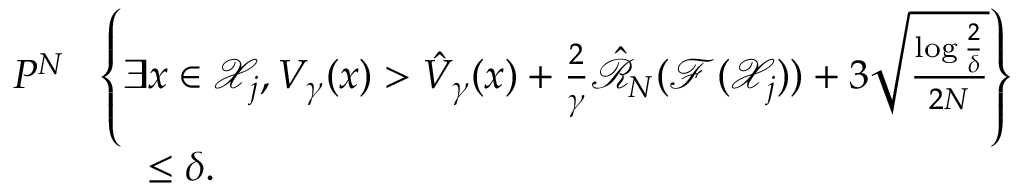
\begin{array} { r l } { P ^ { N } } & { \! \left\{ \exists x \in \mathcal { X } _ { j } , V _ { \gamma } ( x ) > \hat { V } _ { \gamma } ( x ) + \frac { 2 } { \gamma } \hat { \mathcal { R } } _ { N } ( \mathcal { F } ( \mathcal { X } _ { j } ) ) + 3 \sqrt { \frac { \log \frac { 2 } { \delta } } { 2 N } } \right\} } \\ & { \quad \leq \delta . } \end{array}